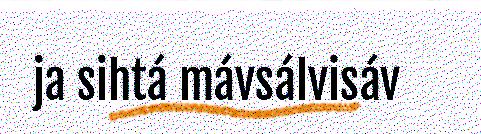
ja sihtá mávsálvisáv